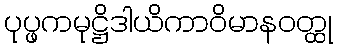
ပုပ္ဖကမုဋ္ဌိဒါယိကာဝိမာနဝတ္ထု